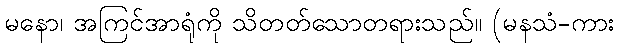
မနော၊ အကြင်အာရုံကို သိတတ်သောတရားသည်။ (မနသံ-ကား